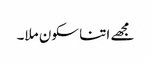
مجھے اتنا سکون ملا۔